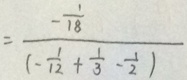
= \frac { - \frac { 1 } { 1 8 } } { ( - \frac { 1 } { 1 2 } + \frac { 1 } { 3 } - \frac { 1 } { 2 } ) }